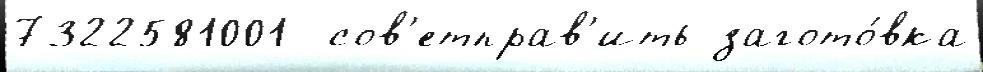
7322581001  сов'етправ'ить загото́вка